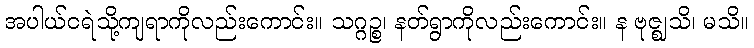
အပါယ်ငရဲသို့ကျရာကိုလည်းကောင်း။ သဂ္ဂဉ္စ၊ နတ်ရွာကိုလည်းကောင်း။ န ဗုဇ္ဈသိ၊ မသိ။